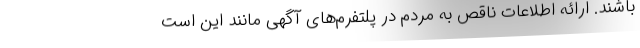
باشند. ارائه اطلاعات ناقص به مردم در پلتفرم‌های آگهی مانند این است